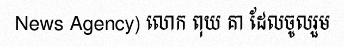
News Agency) លោក ពុយ គា ដែលចូលរួម